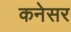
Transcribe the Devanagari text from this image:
कनेसर